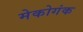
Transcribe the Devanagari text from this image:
मेकोगंक